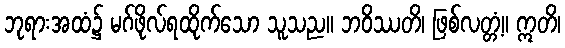
ဘုရားအထံ၌ မဂ်ဖိုလ်ရထိုက်သော သူသည။ ဘဝိဿတိ၊ ဖြစ်လတ္တံ့။ ဣတိ၊